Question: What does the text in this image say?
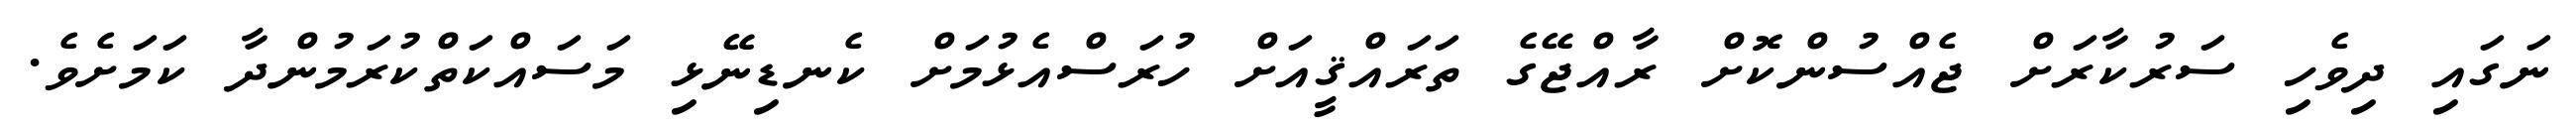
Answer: ނަގައި ދިވެހި ސަރުކާރަށް ޖެއްސުންކޮށް ރާއްޖޭގެ ތަރައްޤީއަށް ހުރަސްއެޅުމަށް ކެނޑިނޭޅި މަސައްކަތްކުރަމުންދާ ކަމަށެވެ.